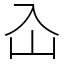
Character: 屳